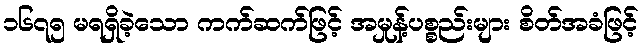
၁၆၇၅ မရရှိခဲ့သော ကက်ဆက်ဖြင့် အမှုန့်ပစ္စည်းများ စိတ်အခံဖြင့်